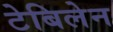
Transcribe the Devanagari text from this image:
टेबिलेन